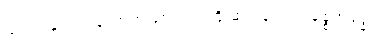
ညတွင်သေ၍ သောကဖြစ်၊ ၎င်းကို ဆင်ခြင်၍ ပစ္စေကဗုဒ္ဓါ